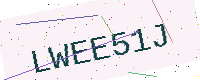
Text: LWEE51J